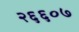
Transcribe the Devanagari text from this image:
२६६०७